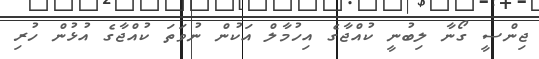
ޖިންސީ ގޯނާ ލިބުނީ ކުއްޖާގެ އިހުމާލް އަކުން ނުވަތަ ކުއްޖާގެ އުޅުން ހުރި